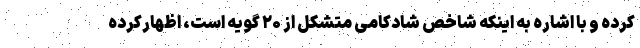
کرده و با اشاره به اینکه شاخص شادکامی متشکل از ۲۰ گویه است، اظهارکرده